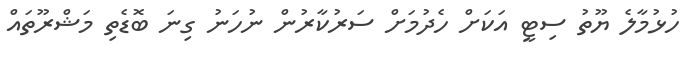
ހުޅުމާލެ ޔޫތު ސިޓީ އަކަށް ހެދުމަށް ސަރުކާރުން ނުހަނު ގިނަ ބޮޑެތި މަޝްރޫތައް